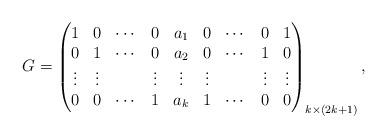
LaTeX: \begin{align*}G=\begin{pmatrix}1 & 0 & \cdots & 0 & a_1 & 0 & \cdots & 0 & 1\\0 & 1 & \cdots & 0 & a_2 & 0 & \cdots & 1 & 0\\\vdots & \vdots & & \vdots & \vdots & \vdots & & \vdots & \vdots \\0 & 0 & \cdots & 1 & a_k & 1 & \cdots & 0 & 0\\\end{pmatrix}_{k\times (2k+1)},\end{align*}